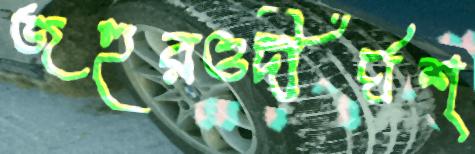
জহুরওদীর্ঘশ্